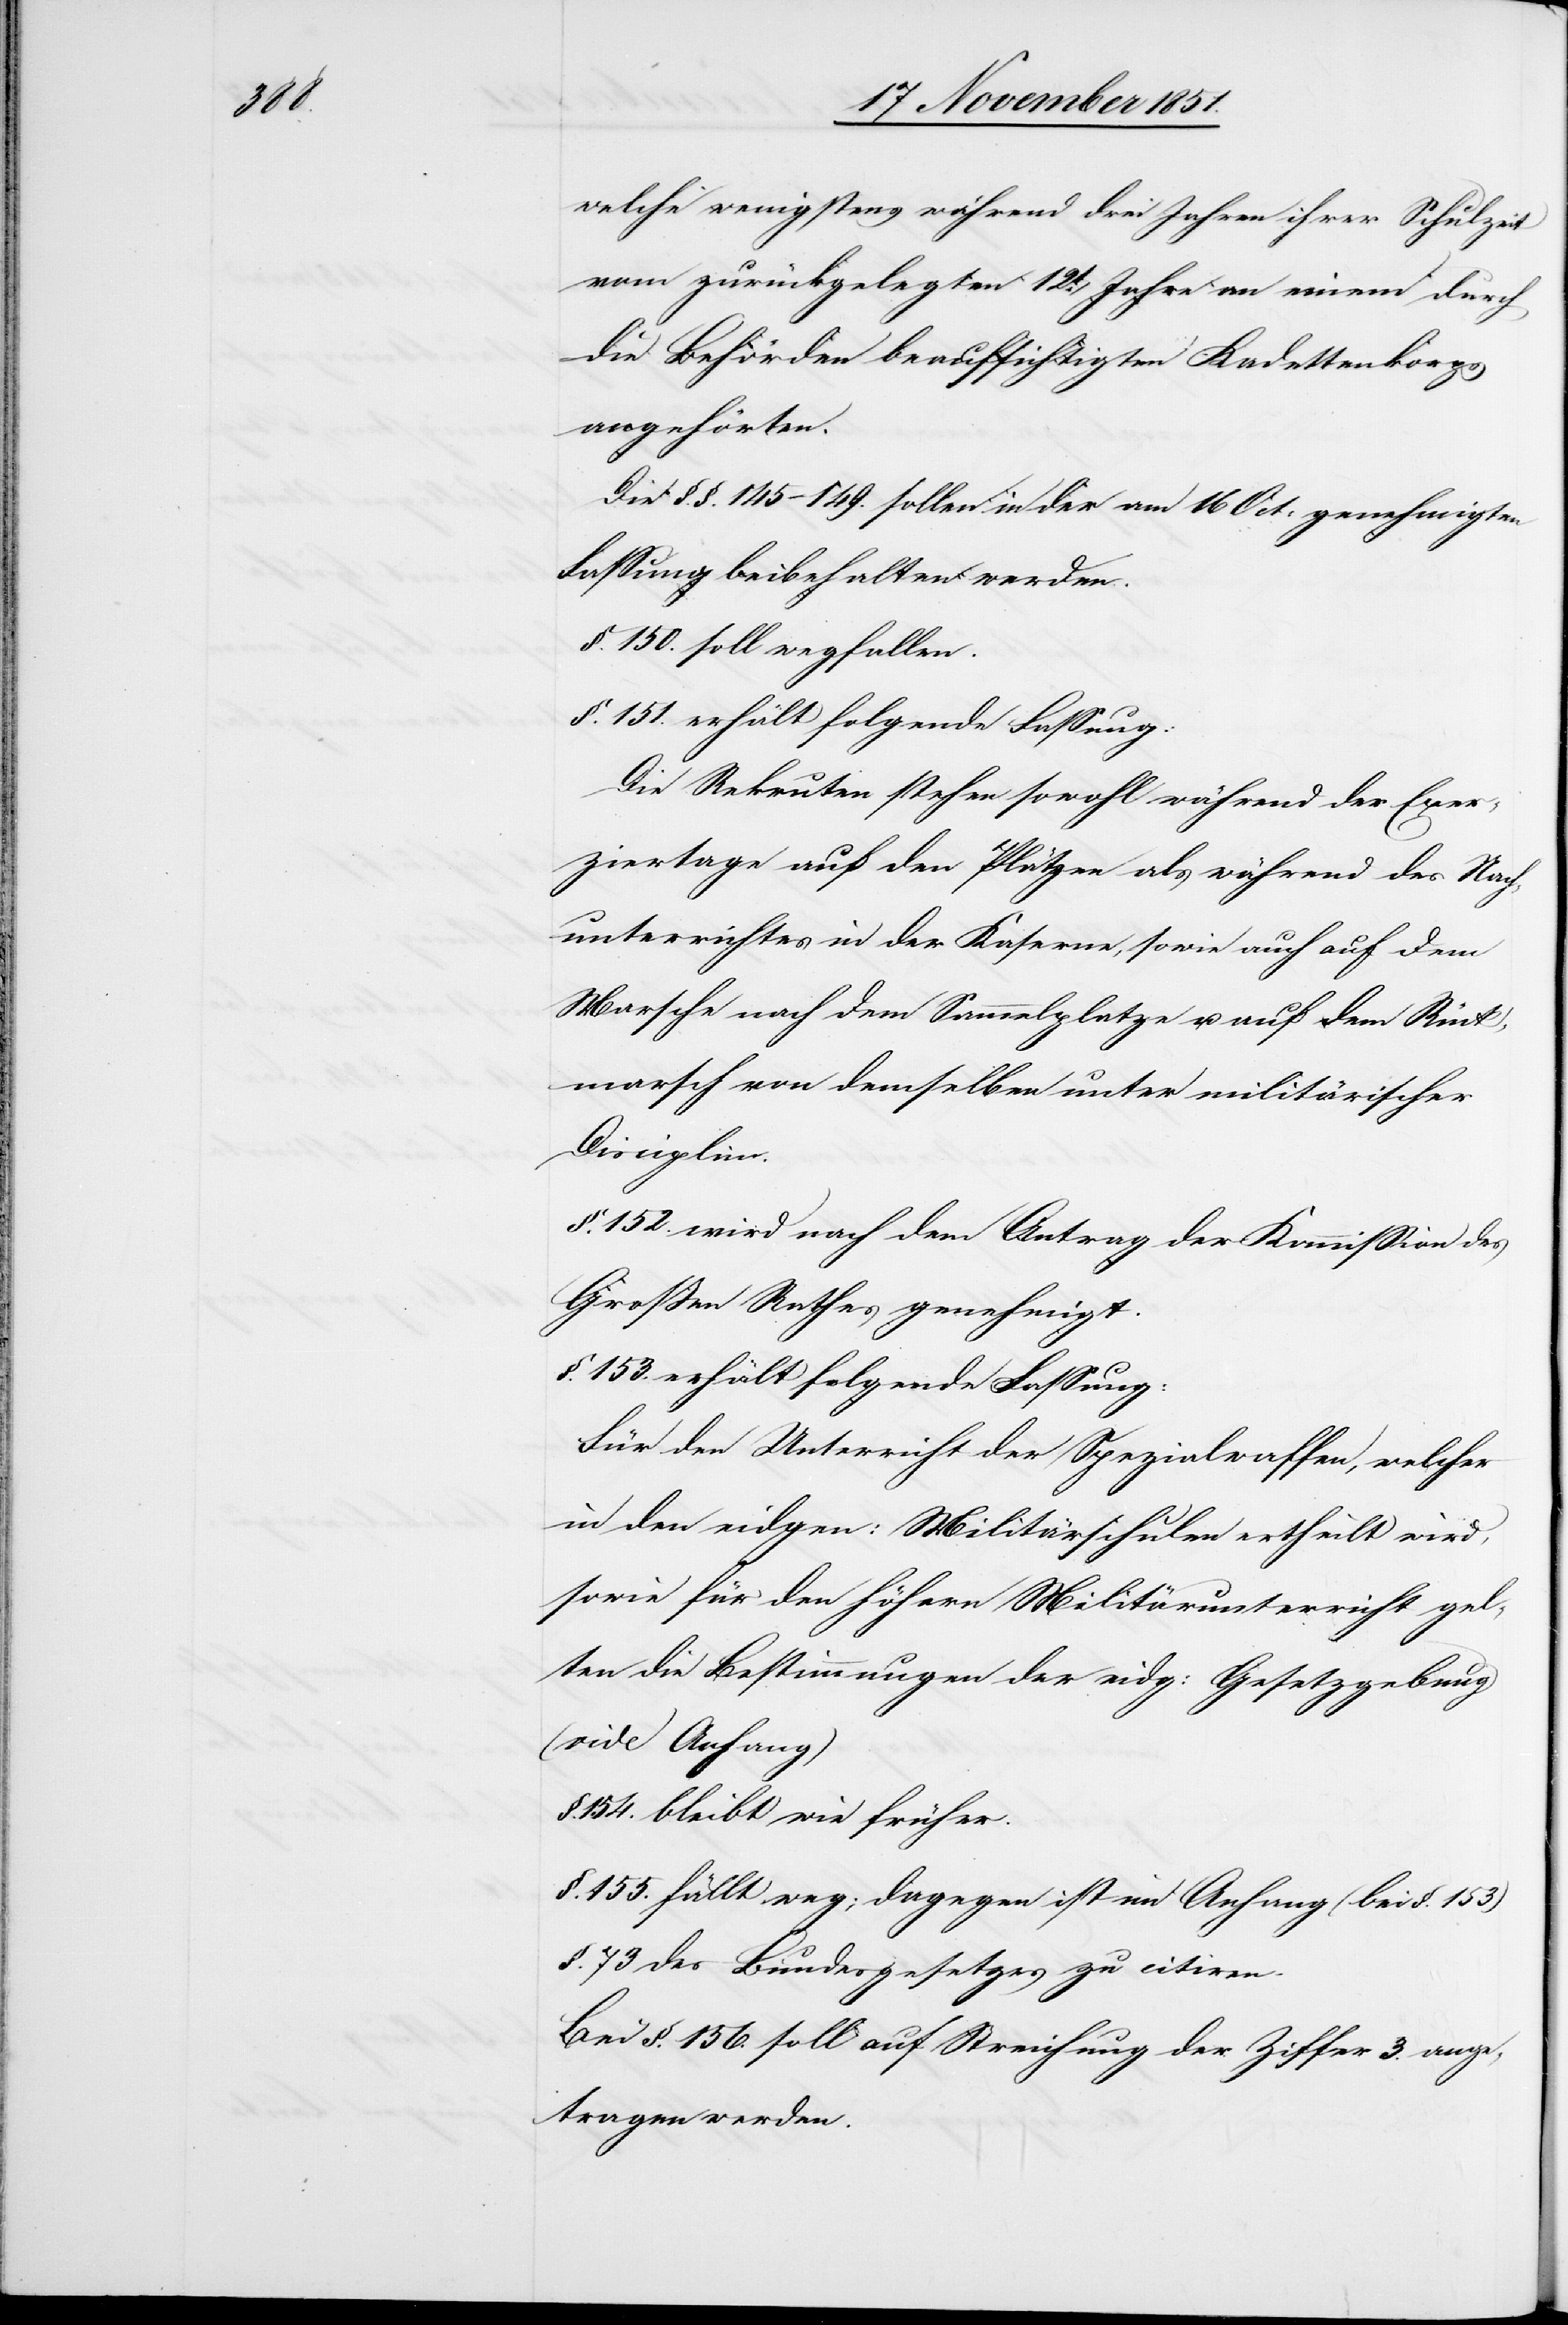
welche wenigstens während drei Jahren ihrer Schulzeit
vom zurückgelegten 12t. Jahre an einem durch
die Behörden beaufsichtigten Kadettenkorps
angehörten.
Die §.§. 145–149. sollen in der am 16 Oct: genehmigten
Fassung beibehalten werden.
§. 150. soll wegfallen.
§. 151. erhält folgende Fassung:
Die Rekruten stehen sowohl während der Exer¬
ziertage auf den Plätzen als während des Nach¬
unterrichtes in der Kaserne, sowie auch auf dem
Marsche nach dem Sammelplatze u. auf dem Rück¬
marsch von demselben unter militärischer
Disciplin.
§. 152. wird nach dem Antrag der Kommission des
Großen Rathes genehmigt.
§. 153. erhält folgende Fassung:
Für den Unterricht der Spezialwaffen, welcher
in den eidgen: Militärschulen ertheilt wird,
sowie für den höhern Militärunterricht gel¬
ten die Bestimmungen der eidg: Gesetzgebung
(vide Anhang)
154. bleibt wie früher.
§. 155. fällt weg; dagegen ist im Anhang (bei §. 153)
§. 73 des Bundesgesetzes zu citiren.
Bei §. 156. soll auf Streichung der Ziffer 3. ange¬
tragen werden.